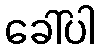
ခေါ်ပါ